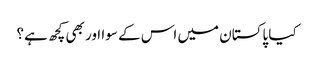
کیا پاکستان میں اس کے سوا اور بھی کچھ ہے؟